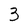
Character: 3